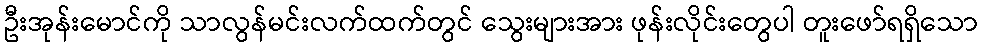
ဦးအုန်းမောင်ကို သာလွန်မင်းလက်ထက်တွင် သွေးများအား ဖုန်းလိုင်းတွေပါ တူးဖော်ရရှိသော